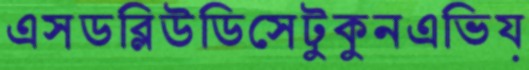
এসডব্লিউডিসেটুকুনএভিয়